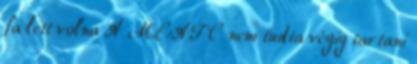
fa lett volna A MEAFC nem tudta végig tartani